Report on horse surra - Volume I
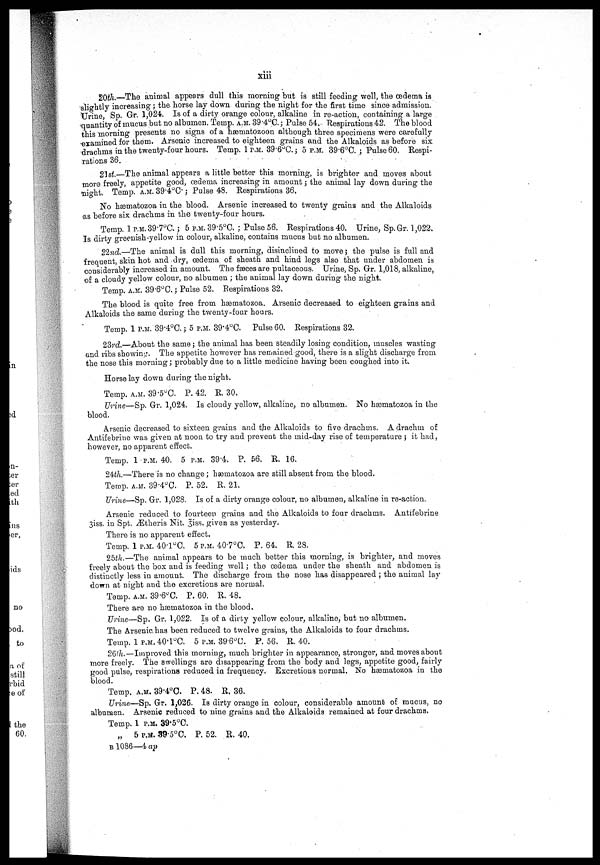
xiii
20th.— The animal appears dull this morning but is still feeding well, the œdema is
slightly increasing ; the horse lay down during the night for the first time since admission,
Urine, Sp. Gr. 1,024. Is of a dirty orange colour, alkaline in re-action, containing a large
quantity of mucus but no albumen. Temp. A.M. 39.4°C. ; Pulse 54. "Respirations 42. The blood
this morning presents no signs of a hæmatozoon although three specimens were carefully
examined for them. Arsenic increased to eighteen grains and the Alkaloids as before six
drachms in the twenty-four hours. Temp. 1 P.M. 39.6°C.; 5 P.M. 39.6°C. ; Pulse 60. Respi-
rations 36.
21st—The animal appears a little better this morning, is brighter and moves about
more freely, appetite good, œdema increasing in amount ; the animal lay down during the
night. Temp. A.M. 39.4°C.; Pulse 48. Respirations 36.
No hæmatozoa in the blood. Arsenic increased to twenty grains and the Alkaloids
as before six drachms in the twenty-four hours.
Temp. 1 P.M. 39.7°C.; 5 P.M. 39.5°C, ; Pulse 56. Respirations 40. Urine, Sp. Gr. 1,022.
Is dirty greenish-yellow in colour, alkaline, contains mucus but no albumen.
22nd.—The animal is dull this morning, disinclined to move; the pulse is full and
frequent, skin hot and dry, œdema of sheath and hind legs also that under abdomen is
considerably increased in amount. The feces are pultaceous. Urine, Sp. Gr. 1,018, alkaline,
of a cloudy yellow colour, no albumen ; the animal lay down during the night.
Temp. A.M. 39.6°C.; Pulse 52. Respirations 32.
The blood is quite free from hæmatozoa. Arsenic decreased to eighteen grains and
Alkaloids the same during the twenty-four hours.
Temp. 1 P.M. 39.4°C. ; 5 P.M. 39.4 O C.
Pulse 60. Respirations 32.
23rd.—About the same ; the animal has been steadily losing condition, muscles wasting
and ribs showing. The appetite however has remained good, there is a slight discharge from
the nose this morning; probably due to a little medicine having been coughed into it.
Horse lay down during the night.
Temp. A.M. 39.5°C. P. 42. R. 30.
Urine—Sp. Gr. 1,024. Is cloudy yellow, alkaline, no albumen. No ha3mato2oa in the
blood.
Arsenic decreased to sixteen grains and the Alkaloids to five drachms. A drachm of
Antifebrine was given at noon to try and prevent the mid-day rise of temperature ; it had.
however, no apparent effect.
Temp. 1 P.M. 40. 5 P.M. 39.4. P. 56. R. 16.
24th.—There is no change; hæmatozoa are still absent from the blood.
Temp. A.M. 39.4°C. P. 52. R. 21.
Urine—Sp. Gr. 1,028. Is of a dirty orange colour, no albumen, alkaline in re-action.
Arsenic reduced to fourteen grains and the Alkaloids to four drachms. Antifebrine
3iss. in Spt. Ætheris Nit. 3iss. given as yesterday.
There is no apparent effect.
Temp. 1 P.M. 40.l°C. 5 P.M. 40.7°C. P. 64. R. 28.
25th.—The animal appears to be much better this morning, is brighter, and moves
freely about the box and is feeding well ; the œdema under the sheath and abdomen is
distinctly less in amount. The discharge from the nose has disappeared ; the animal lay
down at night and the excretions are normal.
Temp. A.M. 39.6°C. P. 60. R. 48.
There are no hœmatozoa in the blood.
Urine—Sp. Gr. 1,022. Is of a dirty yellow colour, alkaline, but no albumen.
The Arsenic has been reduced to twelve grains, the Alkaloids to four drachms.
Temp. 1 P.M. 40.1°C. 5 P.M. 39.6°C. P. 56. R. 40.
26th.—Improved this morning, much brighter in appearance, stronger, and moves about
more freely. The swellings are disappearing from the body and legs, appetite good, fairly
good pulse, respirations reduced in frequency. Excretions normal. No hæmatozoa in the
blood.
Temp. A.M. 39.4°C. P. 48. R. 36.
Urine—Sp. Gr. 1,026. Is dirty orange in colour, considerable amount of mucus, no
albumen. Arsenic reduced to nine grains and the Alkaloids remained at four drachms,
Temp. 1P.M. 39.5°C.
„
5 P.M. 39.5°C. P. 52. R. 40.
B 1086—4 ap